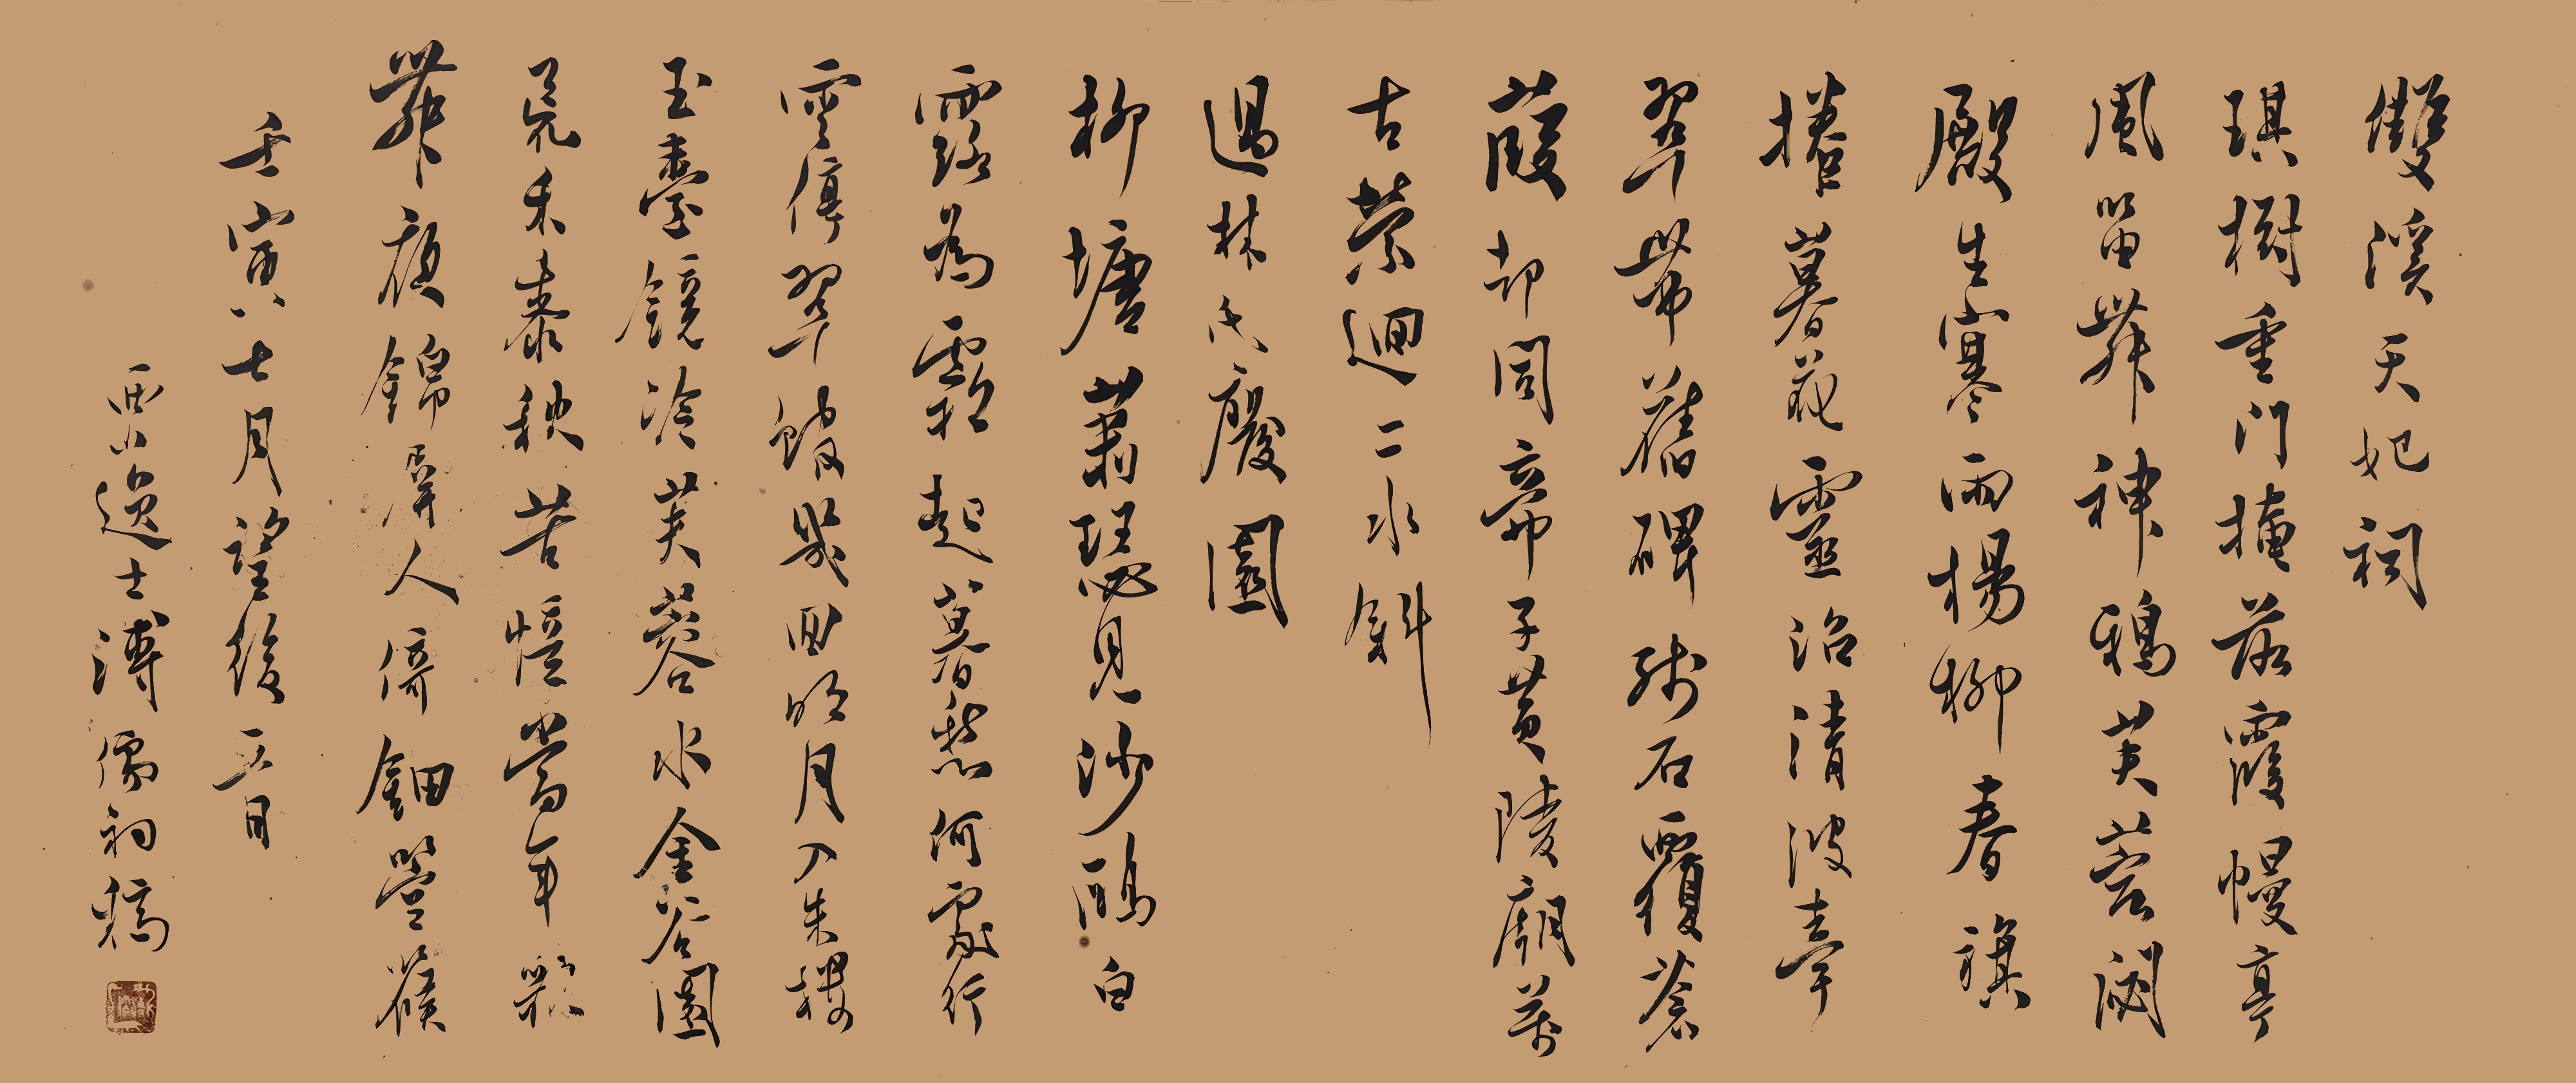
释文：双溪天妃祠。琪树重门掩落霞，幔亭风笛舞神鸦。芙蓉閟殿生寒雨，杨柳春旗卷暮花。灵沼清波牵翠带，旧碑残石覆苍葭。却同帝子黄陵庙，万古萦回二水斜。过林氏废园。柳塘萧瑟见沙鸥，白露为霜起暮愁。何处行云停翠馆，几回明月入朱楼。玉台镜冷芙蓉水，金谷园荒禾黍秋。苦忆当年歌舞夜，锦屏人倚钿箜篌。壬寅七月望后五日。西山逸士溥儒初稿。